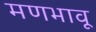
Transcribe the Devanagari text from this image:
मणभावू